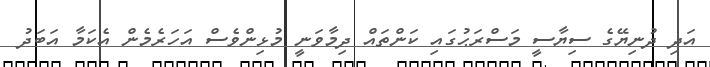
އަދި ދުނިޔޭގެ ސިޔާސީ މަސްރަޙުގައި ކަންތައް ދިމާވަނީ މުޅިންވެސް އަހަރެމެން އެކަމާ އަބަދު